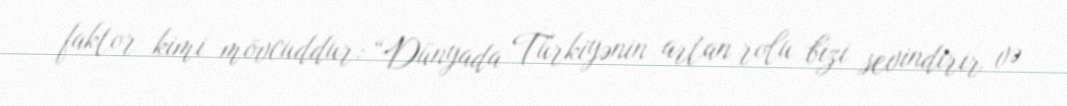
faktor kimi mövcuddur: “Dünyada Türkiyənin artan rolu bizi sevindirir və